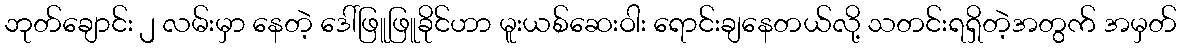
ဘုတ်ချောင်း ၂ လမ်းမှာ နေတဲ့ ဒေါ်ဖြူဖြူခိုင်ဟာ မူးယစ်ဆေးဝါး ရောင်းချနေတယ်လို့ သတင်းရရှိတဲ့အတွက် အမှတ်